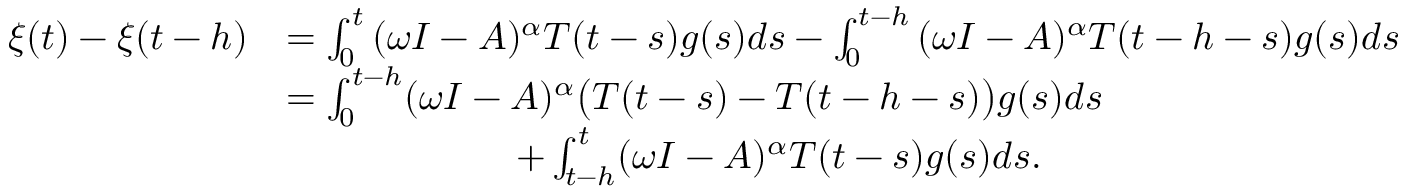
\begin{array} { r l } { \xi ( t ) - \xi ( t - h ) } & { = \int _ { 0 } ^ { t } { ( \omega I - A ) ^ { \alpha } T ( t - s ) g ( s ) d s } - \int _ { 0 } ^ { t - h } { ( \omega I - A ) ^ { \alpha } T ( t - h - s ) g ( s ) d s } } \\ & { = \int _ { 0 } ^ { t - h } ( \omega I - A ) ^ { \alpha } \big ( T ( t - s ) - T ( t - h - s ) \big ) g ( s ) d s } \\ & { \qquad \qquad \qquad + \int _ { t - h } ^ { t } ( \omega I - A ) ^ { \alpha } T ( t - s ) g ( s ) d s . } \end{array}